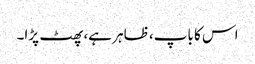
اس کا باپ، ظاہر ہے، پھٹ پڑا۔